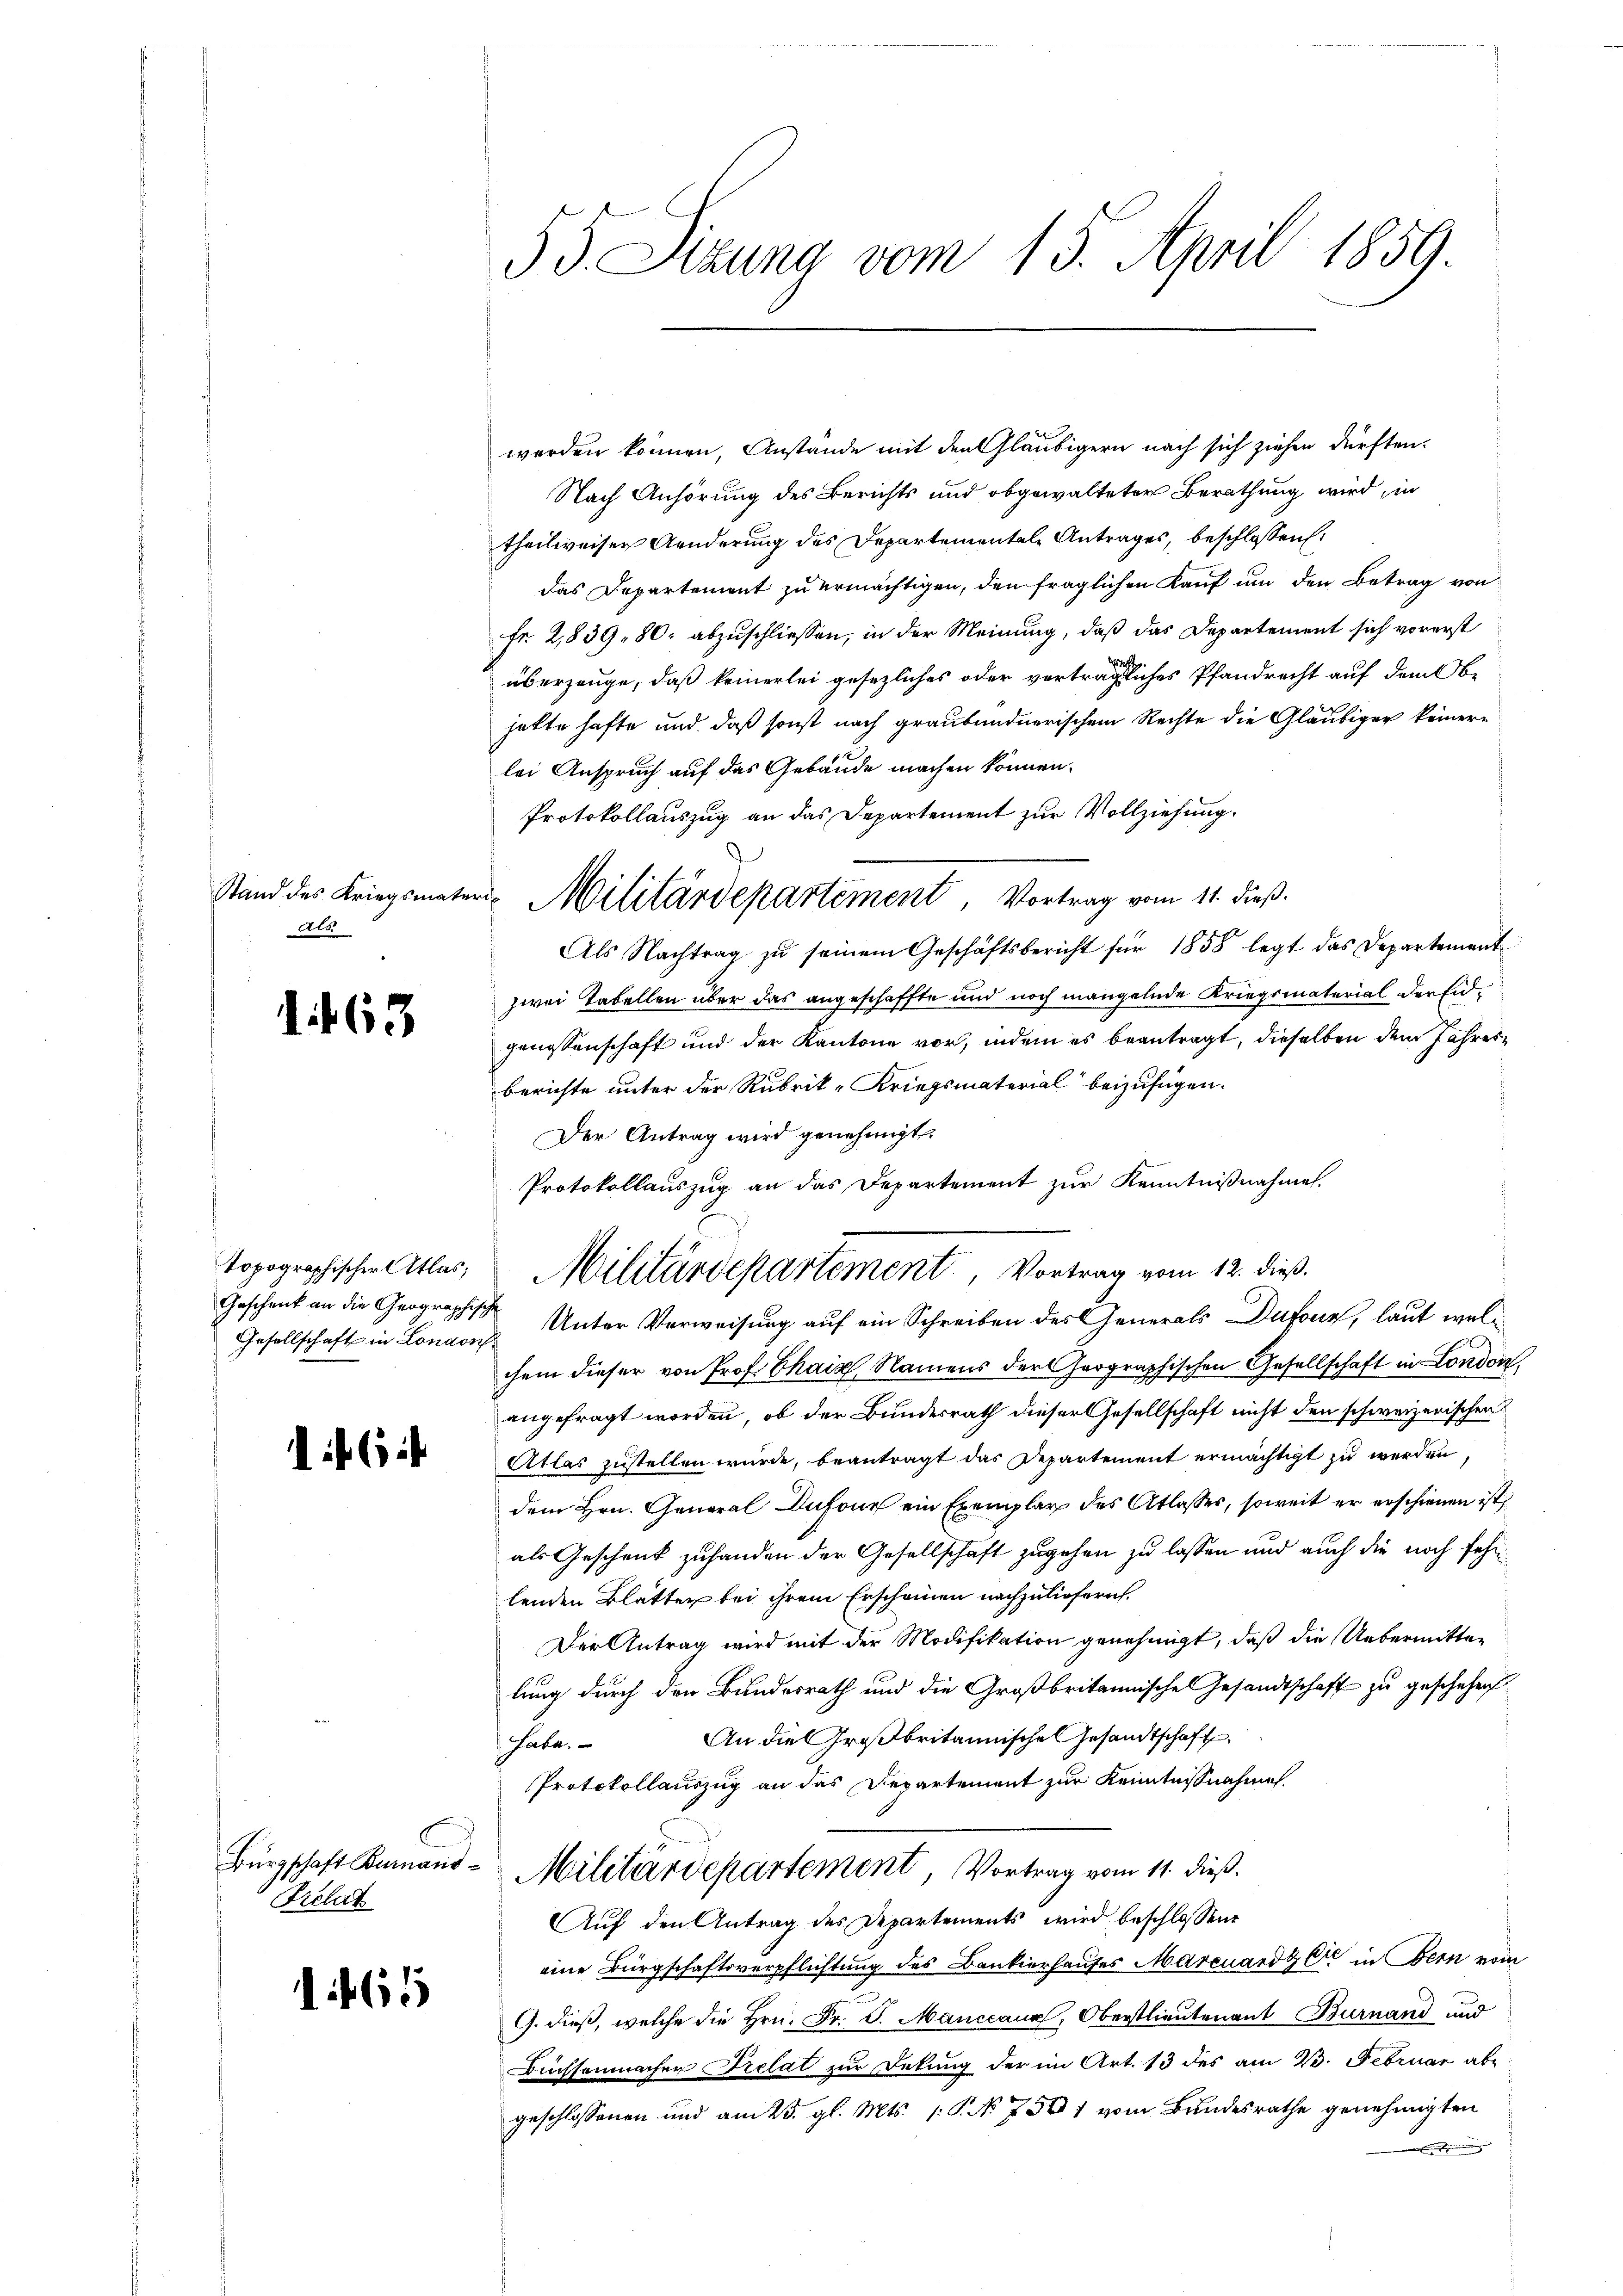
Stand des Kriegsmat
als

1463

Gesellschaft in London

6

Bürgschaft Bernand
Prelat

165

53. Sizung vom 15. April 1859.

werden können, Anstande mit den Gläubigern nach sich ziehen dürften.
Nach Anhörung des Berichts und obgewalteter Berathung wird, in
theilweiser Aenderung des Departementale Antrages, beschlossen:
das Departement zu ermächtigen, den fraglichen Kauf um den Betrag von
Fr. 2,839 " 80. abzuschliessen, in der Meinung, daß das Departement sich vorerst
überzeuge, daß keinerlei gesezliches oder verträgliches Pfandrecht auf dem Obe
hatte hafte und daß sonst nach graubündnerischem Rechte die Gläubiger keinerlei Anspruch auf das Gebäude machen können.
Protokollauszug an das Departement zur Vollziehung.
Als Nachtrag zu seinem Geschäftsbericht für 1858 legt das Departement
zwei Tabellen über das angeschaffte und noch mangelnde Kriegsmaterial der Eidgenossenschaft und der Kantone vor, indem es beantragt, dieselben dem Jahresberichte unter der Rubrik-Kriegsmaterial beizufügen.
Der Antrag wird genehmigt.
Protokollauszug an das Departement zur Kenntnißnahme.
Geschenk an die Geographische Unter Verweisung auf ein Schreiben des Generals Dufour, laut welchem dieser von Prof. Chais, Namens der Geographischen Gesellschaft in London,
angefragt worden, ob der Bundesrath dieser Gesellschaft nicht den schweizerischen
Atlas zustellen würde, beantragt das Departement ermächtigt zu werden,
dem Hrn. General Dufour ein Exemplar des Atlasses, soweit er erschienen ist,
als Geschenk zuhanden der Gesellschaft zugehen zu lassen und auch die noch fehrlenden Blätter bei ihrem Erscheinen nachzuliefern.
Der Antrag wird mit der Modifikation genehmigt, daß die Uebermitten
lung durch den Bundesrath und die Großbritannischen Gesandtschaft zu geschehen.
An die Großbritannische Gesandtschaft
habe.
Protokollauszug an das Departement zur Kenntnißnahme.
Militärdepartement Vortrag vom 11. dieß.
Auf den Antrag des Departements wird beschlossene
eine Bürgschaftsverpflichtung des Bankierhauses Marcuardt er in Bern vom
G. dieß, welche die Hrn. Fr. S. Manccaux, Oberstlieutenant Burnand und
Büchsenmacher Trelat zur Dekung der im Art. 13 des am 23. Februar ab-
geschlossenen und am 25. gl. Mts. 1. No 750 1 vom Bundesrathe genehmigten

m Militärdepartement Vortrag vom 11. dieß.

topographischer Atlas Militärdepartement, Vortrag vom 12. dieß.